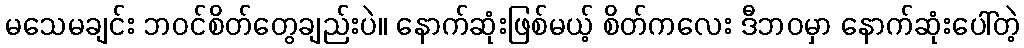
မသေမချင်း ဘဝင်စိတ်တွေချည်းပဲ။ နောက်ဆုံးဖြစ်မယ့် စိတ်ကလေး ဒီဘဝမှာ နောက်ဆုံးပေါ်တဲ့